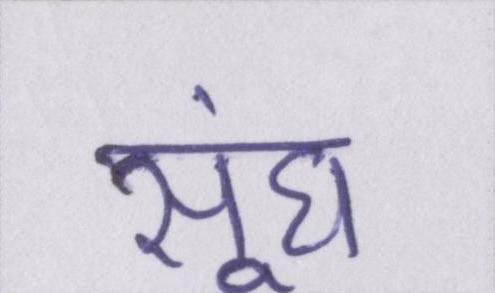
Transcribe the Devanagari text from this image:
सूंघ